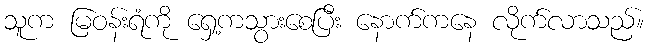
သူက မြဝန်းရံကို ရှေ့ကသွားစေပြီး နောက်ကနေ လိုက်လာသည်။